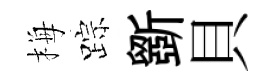
梅踪斵貝